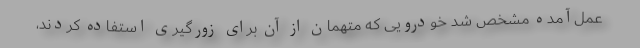
عمل‌آمده مشخص شد خودرویی که متهمان از آن برای زورگیری استفاده کردند،